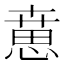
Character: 𢞨